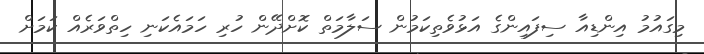
މިގައުމު އިންޑިއާ ސިފައިންގެ އަޅުވެތިކަމުން ސަލާމަތް ކޮށްދޭން ހުރި ހަމައެކަނި ހިތްވަރެއް ކަމަށް